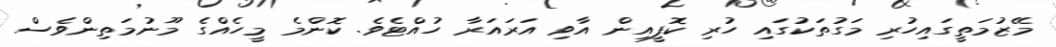
މޭޒުމަތީގައިހުރި މަގުތަކުގައި ހުރި ކޮފީއިން އާވި އަރައަރާ ހުއްޓެވެ. ކޮންމެ މީހެއްގެ މޫނުމަތިންވެސް